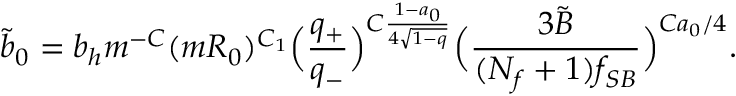
\tilde { b } _ { 0 } = b _ { h } m ^ { - C } ( m R _ { 0 } ) ^ { C _ { 1 } } \Bigl ( { \frac { q _ { + } } { q _ { - } } } \Bigr ) ^ { C { \frac { 1 - a _ { 0 } } { 4 \sqrt { 1 - q } } } } \Bigl ( { \frac { 3 \tilde { B } } { ( N _ { f } + 1 ) f _ { S B } } } \Bigr ) ^ { C a _ { 0 } / 4 } .